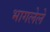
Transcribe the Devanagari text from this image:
भागलेले